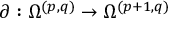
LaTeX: \partial : \Omega ^ { ( p , q ) } \to \Omega ^ { ( p + 1 , q ) }